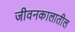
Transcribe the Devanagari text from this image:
जीवनकालातील